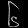
Digit: ၆